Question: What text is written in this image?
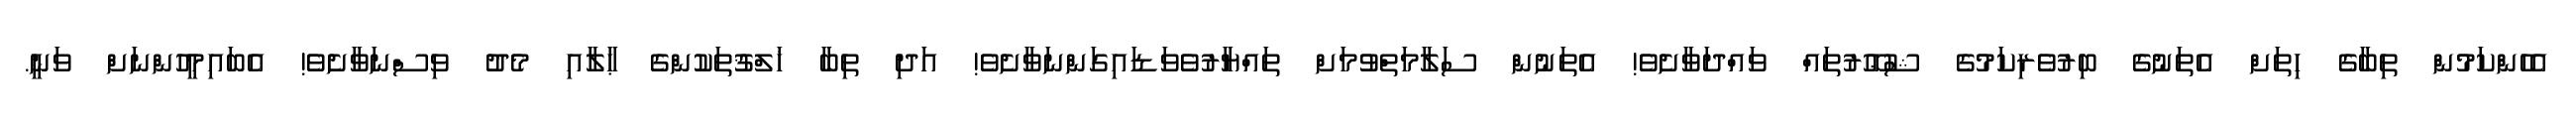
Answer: އެހެންކަމުން ތިބާގެ ހިތަށް އެތަނުގެ ބިރުވެރިކަމުގެ ޝުޢޫރުތައް ވައްދަވާށެވެ! އެތަނުން ސަލާމަތްވުމަށް ތައްޔާރުވެވަޑައިގަންނަވާށެވެ! އަދި ތިބާ ޚަލްޤުތަކުންގެ ޙާލާއި މެދު ވިސްނަވާށެވެ! އެބައިމީހުންނަށް ވަނީ.